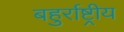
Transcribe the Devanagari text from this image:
बहुर्राष्ट्रीय